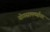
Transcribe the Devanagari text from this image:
योगसामर्थ्यावर